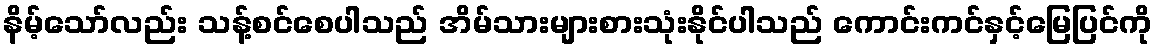
နိမ့်သော်လည်း သန့်စင်စေပါသည် အိမ်သားများစားသုံးနိုင်ပါသည် ကောင်းကင်နှင့်မြေပြင်ကို